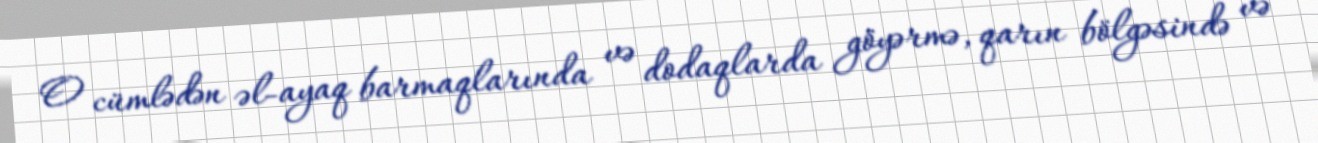
O cümlədən əl-ayaq barmaqlarında və dodaqlarda göyərmə, qarın bölgəsində və